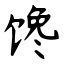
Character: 馋